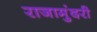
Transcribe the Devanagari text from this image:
राजामुंदरी